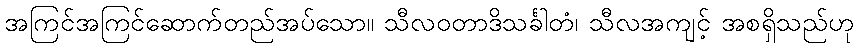
အကြင်အကြင်ဆောက်တည်အပ်သော။ သီလဝတာဒိသင်္ခါတံ၊ သီလအကျင့် အစရှိသည်ဟု